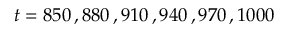
t = 8 5 0 \, , 8 8 0 \, , 9 1 0 \, , 9 4 0 \, , 9 7 0 \, , 1 0 0 0